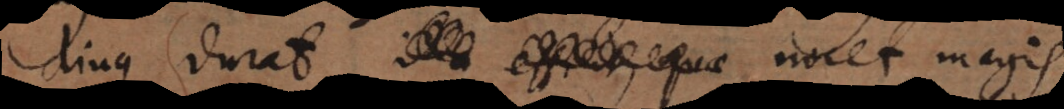
diuque durat, efficit, quae nocet magis